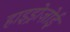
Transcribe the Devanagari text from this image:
हाइड्रोज़ोई